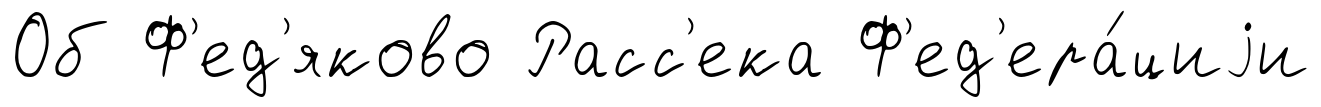
Об Ф'ед'яково Расс'ека Ф'ед'ера́циjи